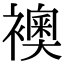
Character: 襖